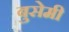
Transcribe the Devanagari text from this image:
बुसेमी